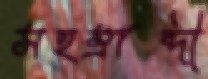
সহস্রাব্দী